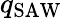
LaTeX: q_{\mathrm{SAW}}